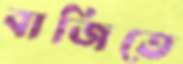
বাজিতে